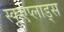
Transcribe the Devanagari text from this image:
स्कुएप्लाड्स